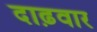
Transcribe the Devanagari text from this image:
दाढ़वार